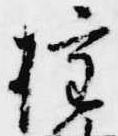
権